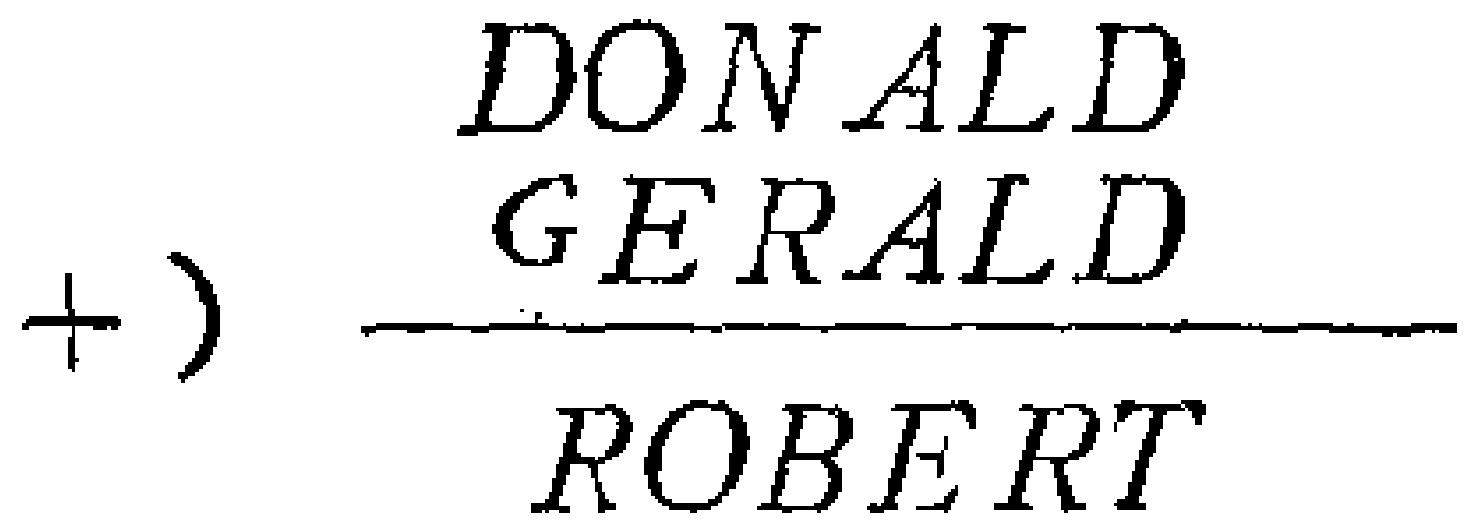
\begin{align*}
&\text{DONALD}\\
+&\text{GERALD}\\
\hline
&\text{ROBERT}
\end{align*}